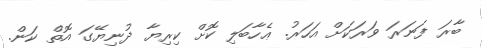
ބާރަ ފަނަރަ ވަރަކަށް އަހަރު. ޢެހާބަލި ކޮށް ކިރިޔާ ދުނިޔޭގަ އޮތް ކަން.